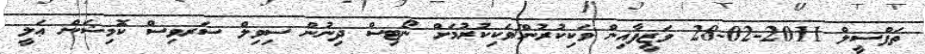
ތަފްސީލް 2011-02-28 ވަޒީފާއިން ވަކިކުރުން/ވަކިކުރުމަށް ނޯޓިސް ދިނުން ސިވިލް ސަރވިސް ކޮމިޝަން ޢަލީ